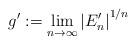
LaTeX: \begin{align*}g':=\lim_{n\to \infty} {|E_n'|}^{1/n}\end{align*}